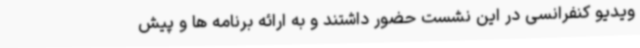
ویدیو کنفرانسی در این نشست حضور داشتند و به ارائه برنامه ها و پیش